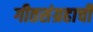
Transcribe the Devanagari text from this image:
गीतसंग्रहाची